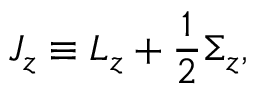
J _ { z } \equiv L _ { z } + { \frac { 1 } { 2 } } \Sigma _ { z } ,